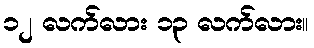
၁၂ လက်လား ၁၃ လက်လား။